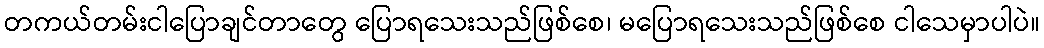
တကယ်တမ်းငါပြောချင်တာတွေ ပြောရသေးသည်ဖြစ်စေ၊ မပြောရသေးသည်ဖြစ်စေ ငါသေမှာပါပဲ။